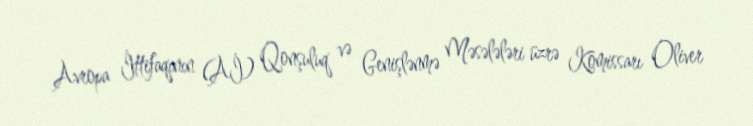
Avropa İttifaqının (Aİ) Qonşuluq və Genişlənmə Məsələləri üzrə Komissarı Oliver